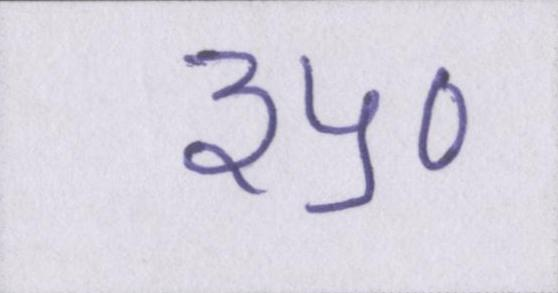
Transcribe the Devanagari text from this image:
३५०